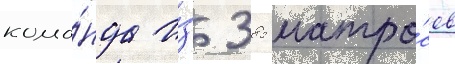
кома́нда и́з 385 матро́сов